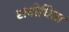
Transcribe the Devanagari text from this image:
संबोधिता